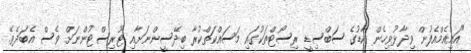
"އައިއެމްއެފުން ވިދާޅުވިހެން ކާޑުގެ ސަބްސިޑީ ރިސޯޓްތަކުގައި މަސައްކަތްކުރާ ބިދޭސީންނަށާއި ޓޫރިސްޓުންނަށް ވެސް އެބަދެވޭ.